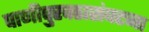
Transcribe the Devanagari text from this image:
पाणीपुरवठासंघटना